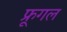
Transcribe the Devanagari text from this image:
फ्रूगल